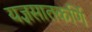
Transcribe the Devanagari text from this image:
यज्ञसातकर्णि